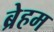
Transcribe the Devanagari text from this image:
ब्रेहम